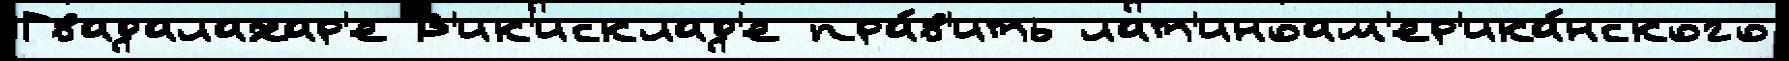
Гвадалахар'е В'ик'исклад'е пра́в'ить лат'иноам'ер'ика́нского